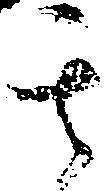
其